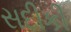
સદીકી